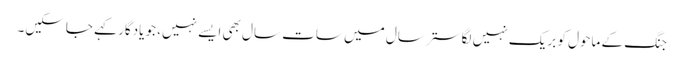
جنگ کے ماحول کو بریک نہیں لگا ستر سال میں سات سال بھی ایسے نہیں، جو یادگار کہے جاسکیں۔